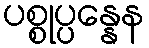
ပစ္စုပ္ပန္နေန